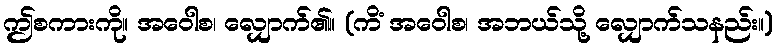
ဤစကားကို။ အဝေါစ၊ လျှောက်၏။ (ကိံ အဝေါစ၊ အဘယ်သို့ လျှောက်သနည်း။)